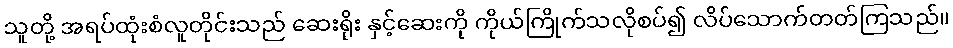
သူတို့ အရပ်ထုံးစံလူတိုင်းသည် ဆေးရိုး နှင့်ဆေးကို ကိုယ်ကြိုက်သလိုစပ်၍ လိပ်သောက်တတ်ကြသည်။